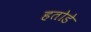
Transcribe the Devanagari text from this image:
हतोडे